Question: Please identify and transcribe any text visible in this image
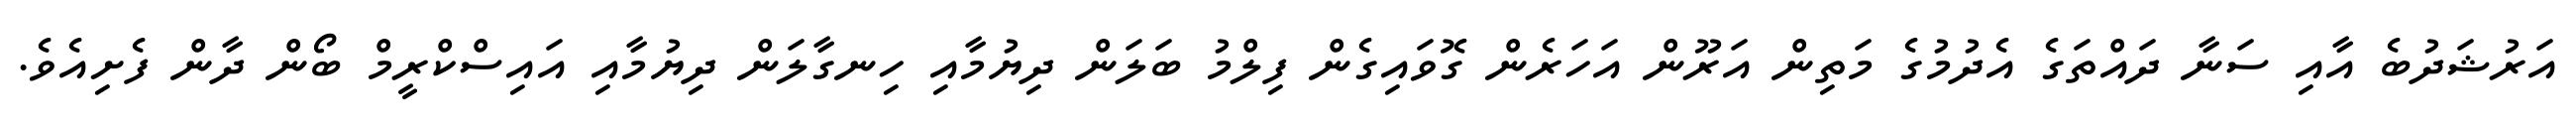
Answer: އަރުޝަދުބެ އާއި ސަނާ ދައްތަގެ އެދުމުގެ މަތިން އަރޫން އަހަރެން ގޮވައިގެން ފިލްމު ބަލަން ދިޔުމާއި ހިނގާލަން ދިޔުމާއި އައިސްކްރީމް ބޯން ދާން ފެށިއެވެ.